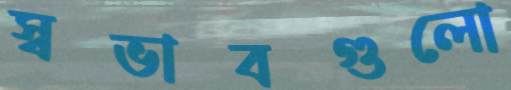
স্বভাবগুলো